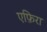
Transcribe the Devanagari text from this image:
एफ़िरा